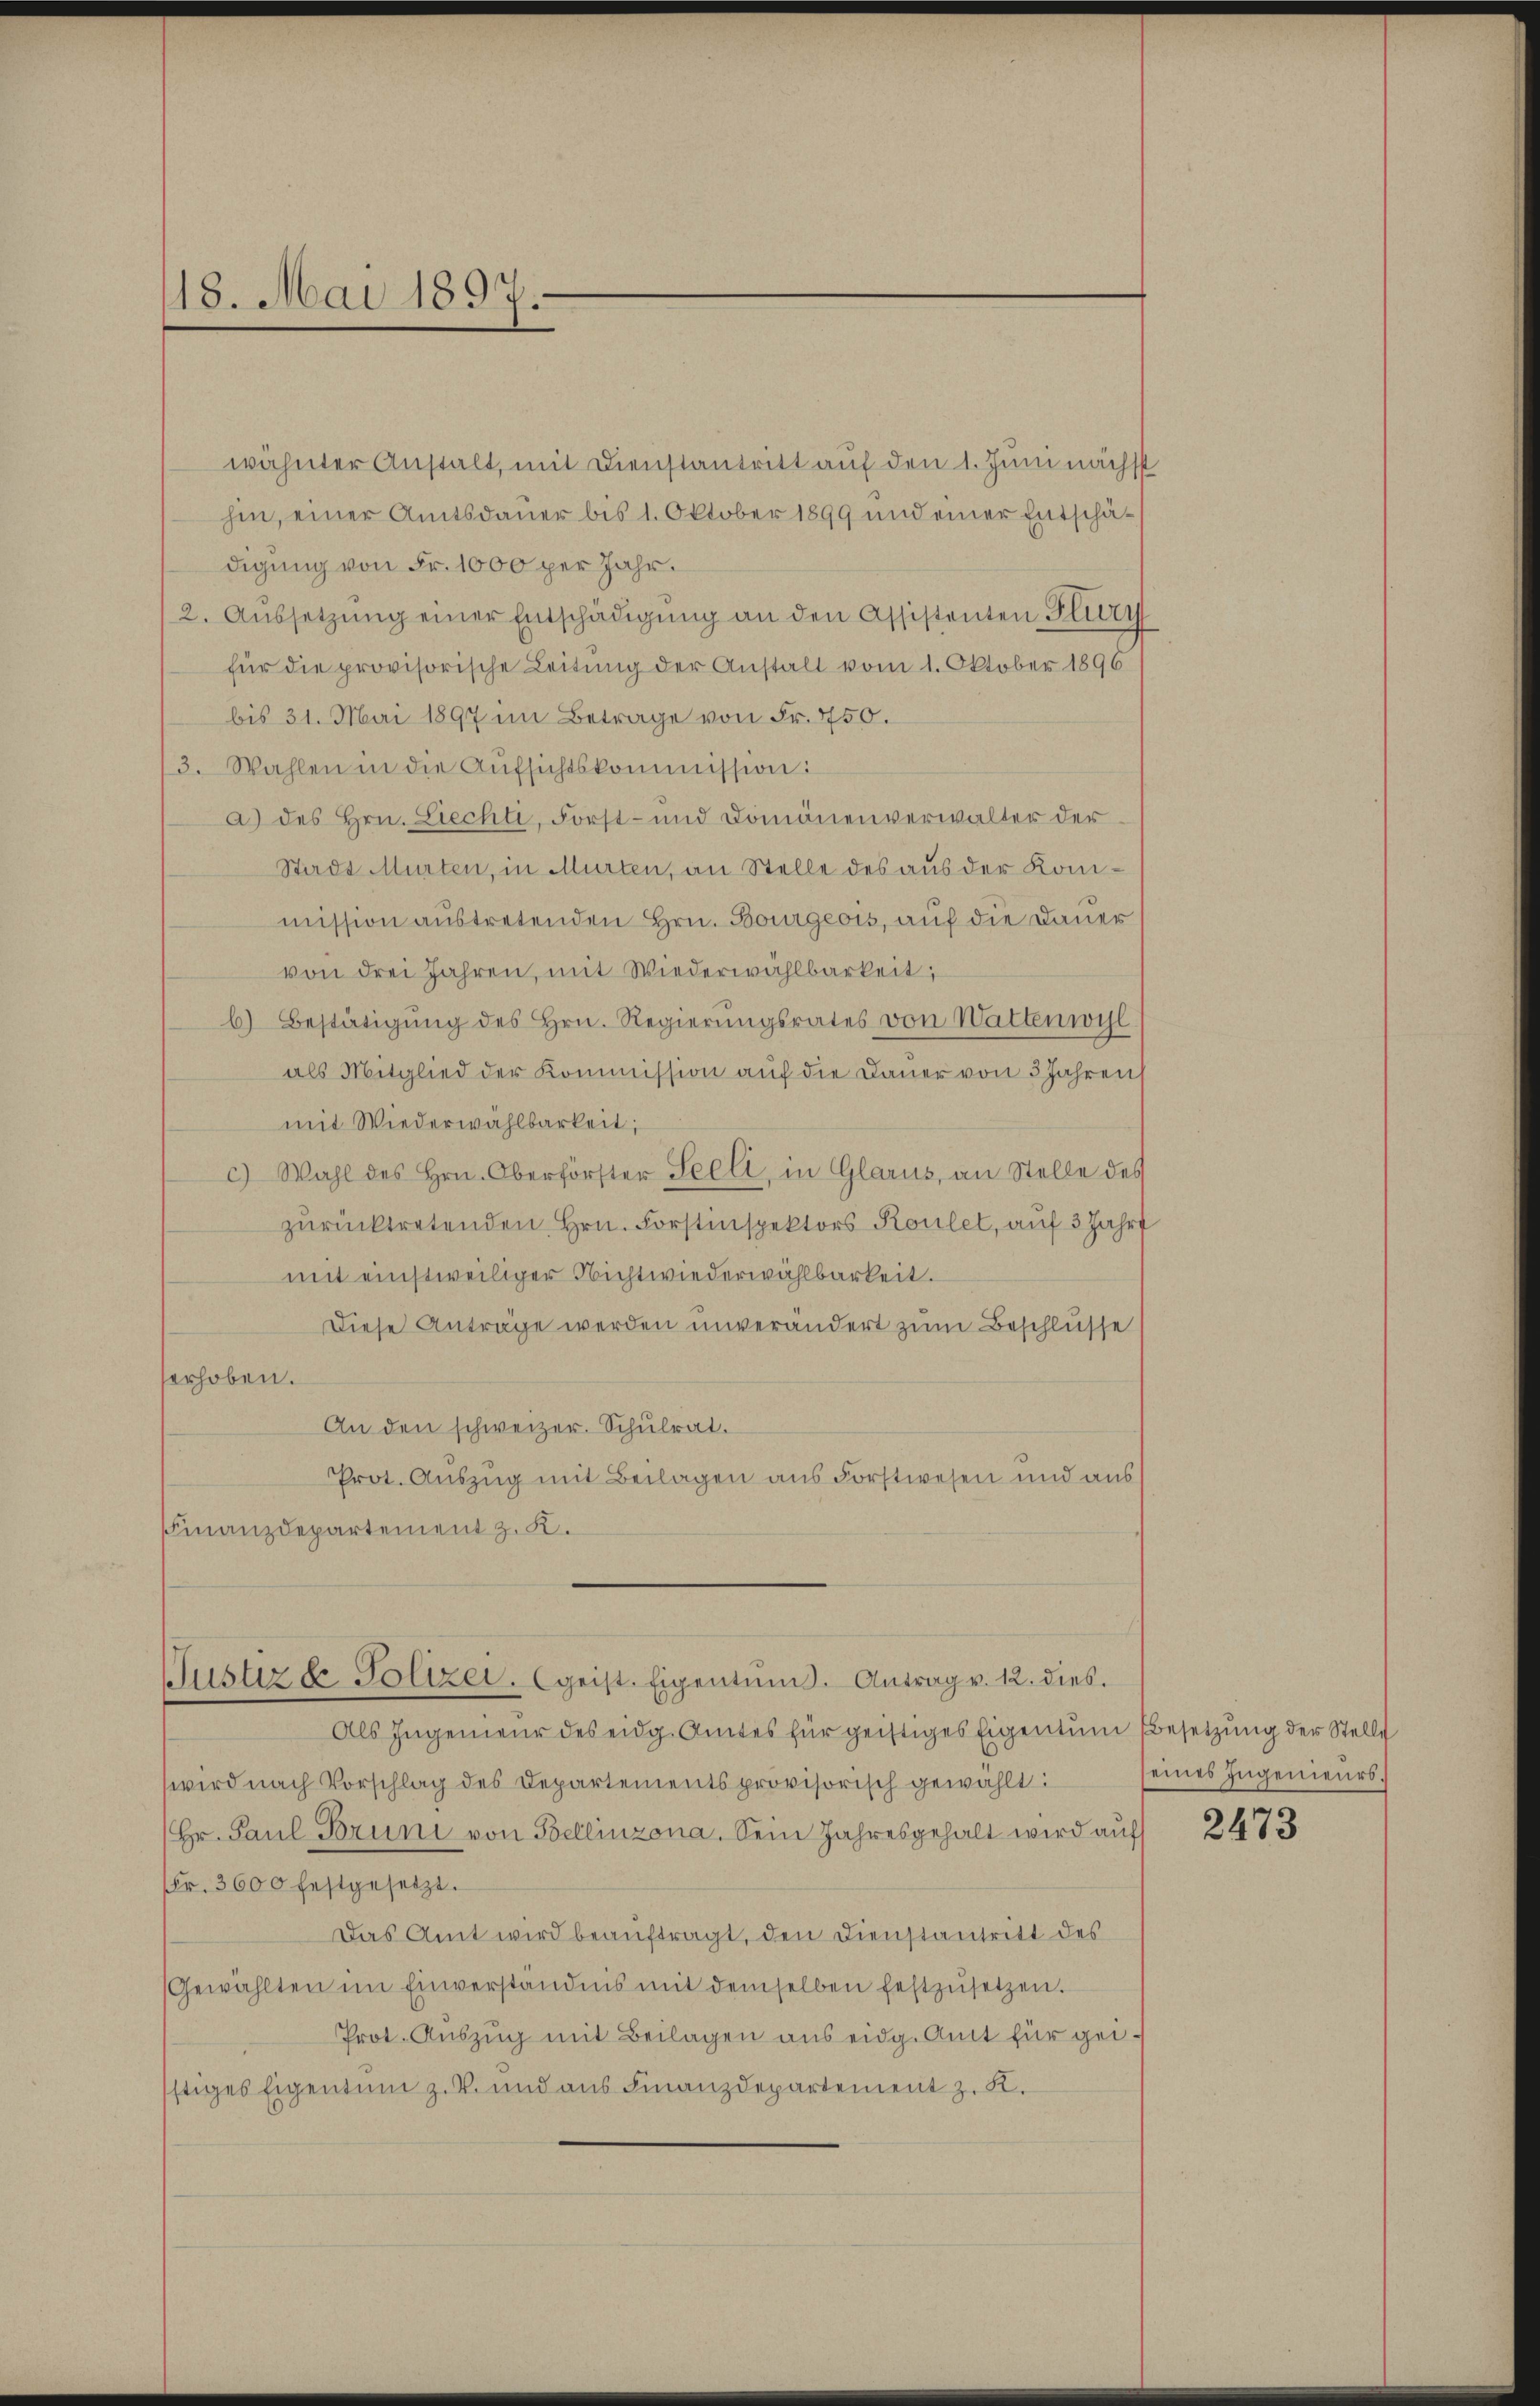
18. Mai 1897.

wähnter Anstalt, mit Dienstantritt auf den 1. Juni nächst
hin, einer Amtsdauer bis 1. Oktober 1899 und einer Entschädigung von Fr. 1000 per Jahr.
2. Aussetzung einer Entschädigung an den Assistenten Flury
für die provisorische Leitŭng der Anstalt vom 1. Oktober 1896
bis 31. Mai 1897 im Betrage von Fr. 750.
3. Wahlen in die Aufsichtskommission:
a) des Hrn. Liechte, Forst- und Domänenverwalter der
Stadt Murten, in Murten, an Stelle des aus der Konimission austretenden Hrn. Bourgeois, auf die Dauer
von drei Jahren, mit Wiederwahlbarkeit,
b) Bestätigŭng des Hrn. Regierŭngsrates von Wattenwil
als Mitglied der Kommission auf die Dauer von 3 Jahren
mit Wiederwahlbarkeit;
c) Wahl des Hrn. Oberförster Seeli, in Glarus, an Stelle des
zŭrücktretenden Hrn. Forstinspektors Koulet, auf 3 Jahrt
mit einstweiliger Nichtwiederwählbarkeit.
Diese Anträge werden unverändert zum Beschlusse
erhoben.
An den schweizer. Schulrat.
Prot. Auszug mit Beilagen aus Forstwesen und aus
Finanzdepartement z. K.
Justiz u. Polizei. (geist. Eigentum. Antrag v. 12. dies
Als Ingenieur des eidg. Amtes für geistiges Eigentum Besetzung der Stelle
wird nach Vorschlag des Departements provisorisch gewählt:
(Hr. Paul Bruni von Bellinzona. Sein Jahresgehalt wird auf
Fr. 3600 festgesetzt.
Das Amt wird beauftragt, den Dienstantritt des
Gewählten im Einverständnis mit demselben festzŭsetzen.
Prot. Auszug mit Beilagen aus eidg. Amt für geistiges Eigentum z. B. und aus Finanzdepartement z. K.

eines Ingenieurs.

2473